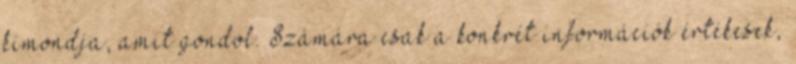
kimondja, amit gondol. Számára csak a konkrét információk értékesek,